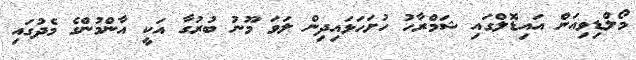
މޯލްޑިވިއަން އައިޑޮލްގައި ޝަމްރާހު ހުށަހަޅައިދިން ލަވަ މޫނު ބުރުގާ އަކީ އާންމުންގެ މެދުގައި